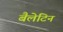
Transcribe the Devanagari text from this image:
बैलेटिन